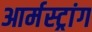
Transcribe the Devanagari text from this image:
आर्मस्‍ट्रांग